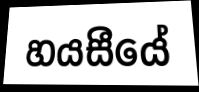
හයසීයේ